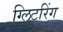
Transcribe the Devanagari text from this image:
ग्लिटरिंग